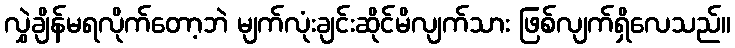
လွှဲချိန်မရလိုက်တော့ဘဲ မျက်လုံးချင်းဆိုင်မိလျက်သား ဖြစ်လျက်ရှိလေသည်။